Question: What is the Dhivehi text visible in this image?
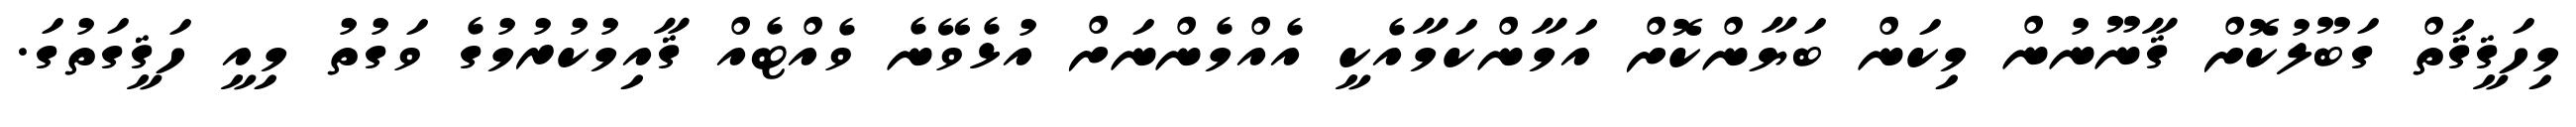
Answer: މިހަޤީޤަތް ގަބޫލުކޮށް ޤާނޫނުން މިކަން ބަޔާންކޮށް އަމާންކަމާއެކީ އެއްމެންނަށް އުޅެވޭނެ ވެއްޓެއް ޤާއިމުކުރުމުގެ ވަގުތު މިއީ ހަޤީގަތުގަ.